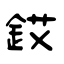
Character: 銰